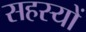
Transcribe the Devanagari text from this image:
सहस्यों